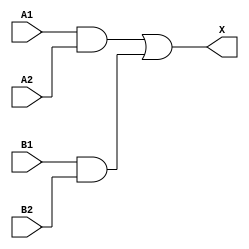
/*
 * Copyright 2020 The SkyWater PDK Authors
 *
 * Licensed under the Apache License, Version 2.0 (the "License");
 * you may not use this file except in compliance with the License.
 * You may obtain a copy of the License at
 *
 *     https://www.apache.org/licenses/LICENSE-2.0
 *
 * Unless required by applicable law or agreed to in writing, software
 * distributed under the License is distributed on an "AS IS" BASIS,
 * WITHOUT WARRANTIES OR CONDITIONS OF ANY KIND, either express or implied.
 * See the License for the specific language governing permissions and
 * limitations under the License.
 *
 * SPDX-License-Identifier: Apache-2.0
*/


`ifndef SKY130_FD_SC_HVL__A22O_FUNCTIONAL_V
`define SKY130_FD_SC_HVL__A22O_FUNCTIONAL_V

/**
 * a22o: 2-input AND into both inputs of 2-input OR.
 *
 *       X = ((A1 & A2) | (B1 & B2))
 *
 * Verilog simulation functional model.
 */

`timescale 1ns / 1ps
`default_nettype none

`celldefine
module sky130_fd_sc_hvl__a22o (
    X ,
    A1,
    A2,
    B1,
    B2
);

    // Module ports
    output X ;
    input  A1;
    input  A2;
    input  B1;
    input  B2;

    // Local signals
    wire and0_out ;
    wire and1_out ;
    wire or0_out_X;

    //  Name  Output     Other arguments
    and and0 (and0_out , B1, B2            );
    and and1 (and1_out , A1, A2            );
    or  or0  (or0_out_X, and1_out, and0_out);
    buf buf0 (X        , or0_out_X         );

endmodule
`endcelldefine

`default_nettype wire
`endif  // SKY130_FD_SC_HVL__A22O_FUNCTIONAL_V